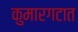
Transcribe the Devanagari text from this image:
कुमारगटात